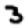
Digit: 3